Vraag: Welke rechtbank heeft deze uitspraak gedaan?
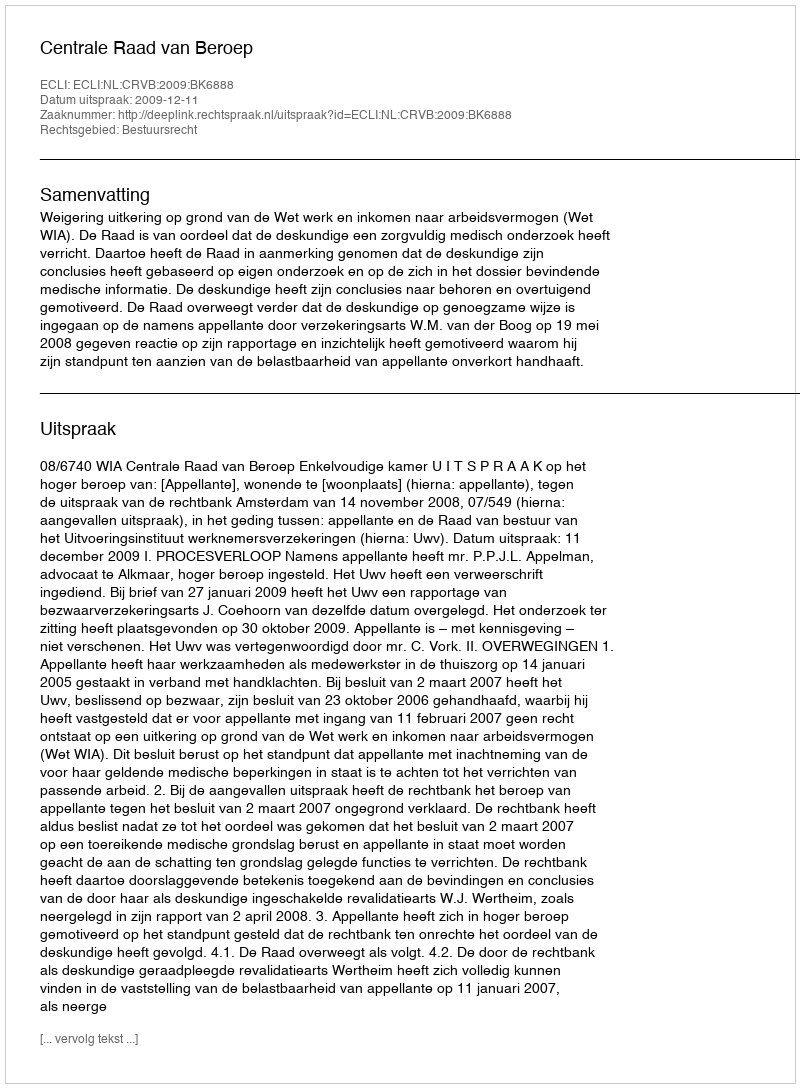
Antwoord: Centrale Raad van Beroep